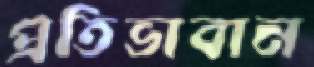
প্রতিভাবান